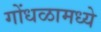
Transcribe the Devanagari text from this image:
गोंधळामध्ये